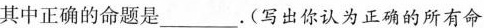
其中正确的命题是___.(写出你认为正确的所有命